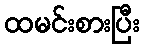
ထမင်းစားပြီး